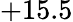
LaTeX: +15.5